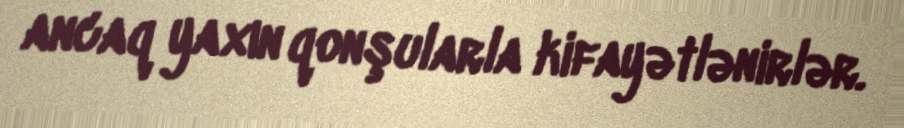
ancaq yaxın qonşularla kifayətlənirlər.